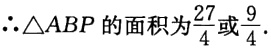
$\therefore \triangle ABP\text{的面积为}\frac{27}{4}\text{或}\frac{9}{4}.$